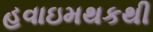
હવાઇમથકથી